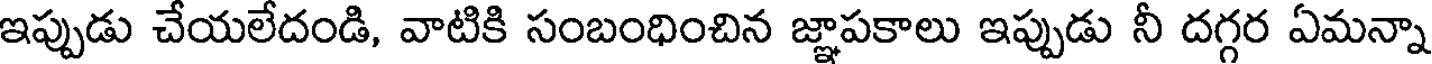
ఇప్పుడు చేయలేదండి, వాటికి సంబంధించిన జ్ఞాపకాలు ఇప్పుడు నీ దగ్గర ఏమన్నా